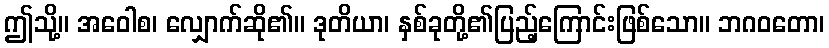
ဤသို့။ အဝေါစ၊ လျှောက်ဆို၏။ ဒုတိယာ၊ နှစ်ခုတို့၏ပြည့်ကြောင်းဖြစ်သော။ ဘဂဝတော၊